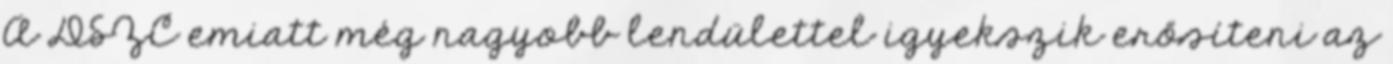
A DSZC emiatt még nagyobb lendülettel igyekszik erősíteni az